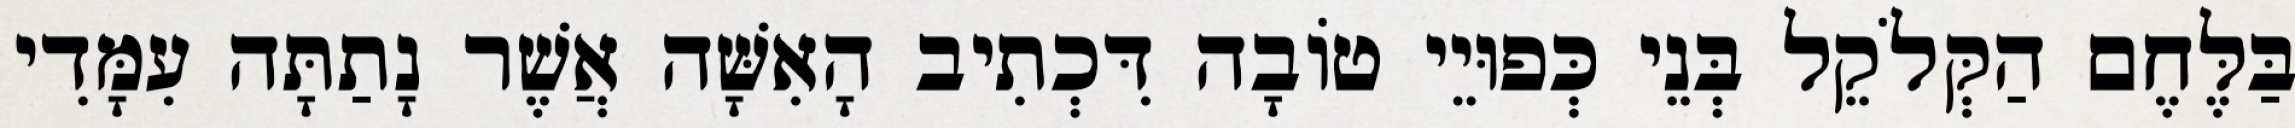
בַּלֶּחֶם הַקְּלֹקֵל בְּנֵי כְּפוּיֵי טוֹבָה דִּכְתִיב הָאִשָּׁה אֲשֶׁר נָתַתָּה עִמָּדִי